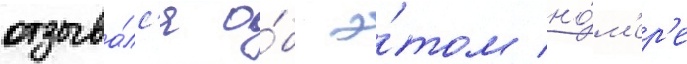
отзыва́лс'я о́б э́том но́м'ер'е